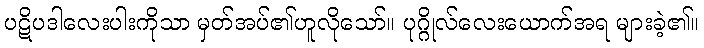
ပဋိပဒါလေးပါးကိုသာ မှတ်အပ်၏ဟူလိုသော်။ ပုဂ္ဂိုလ်လေးယောက်အရ များခဲ့၏။